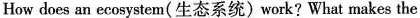
How does an ecosystem(生态系统)work?What makes the